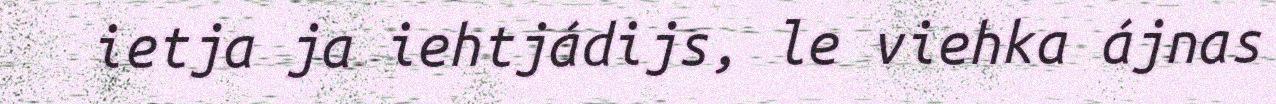
ietja ja iehtjádijs, le viehka ájnas